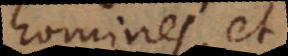
homines, et